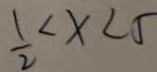
\frac { 1 } { 2 } < x < 5